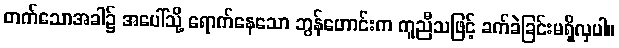
တက်သောအခါ၌ အပေါ်သို့ ရောက်နေသော ဘွန်ဟောင်းက ကူညီသဖြင့် ခက်ခဲခြင်းမရှိလှပါ။